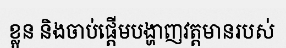
ខ្លួន និងចាប់ផ្តើមបង្ហាញវត្តមានរបស់